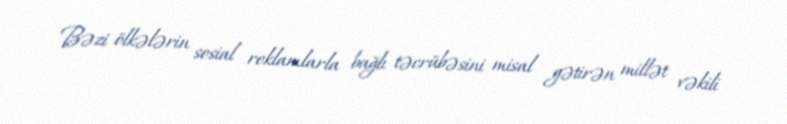
Bəzi ölkələrin sosial reklamlarla bağlı təcrübəsini misal gətirən millət vəkili